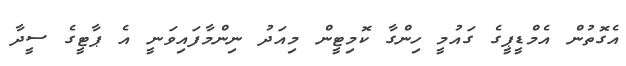
އެގޮތުން އެމްޑީޕީގެ ގައުމީ ހިންގާ ކޮމިޓީން މިއަދު ނިންމާފައިވަނީ އެ ޕާޓީގެ ސީދާ